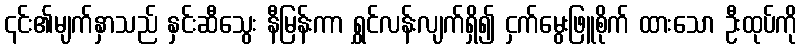
၎င်း၏မျက်နှာသည် နှင်းဆီသွေး နီမြန်းကာ ရွှင်လန်းလျက်ရှိ၍ ငှက်မွေးဖြူစိုက် ထားသော ဦးထုပ်ကို